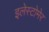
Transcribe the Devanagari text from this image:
इलेस्टोमेर